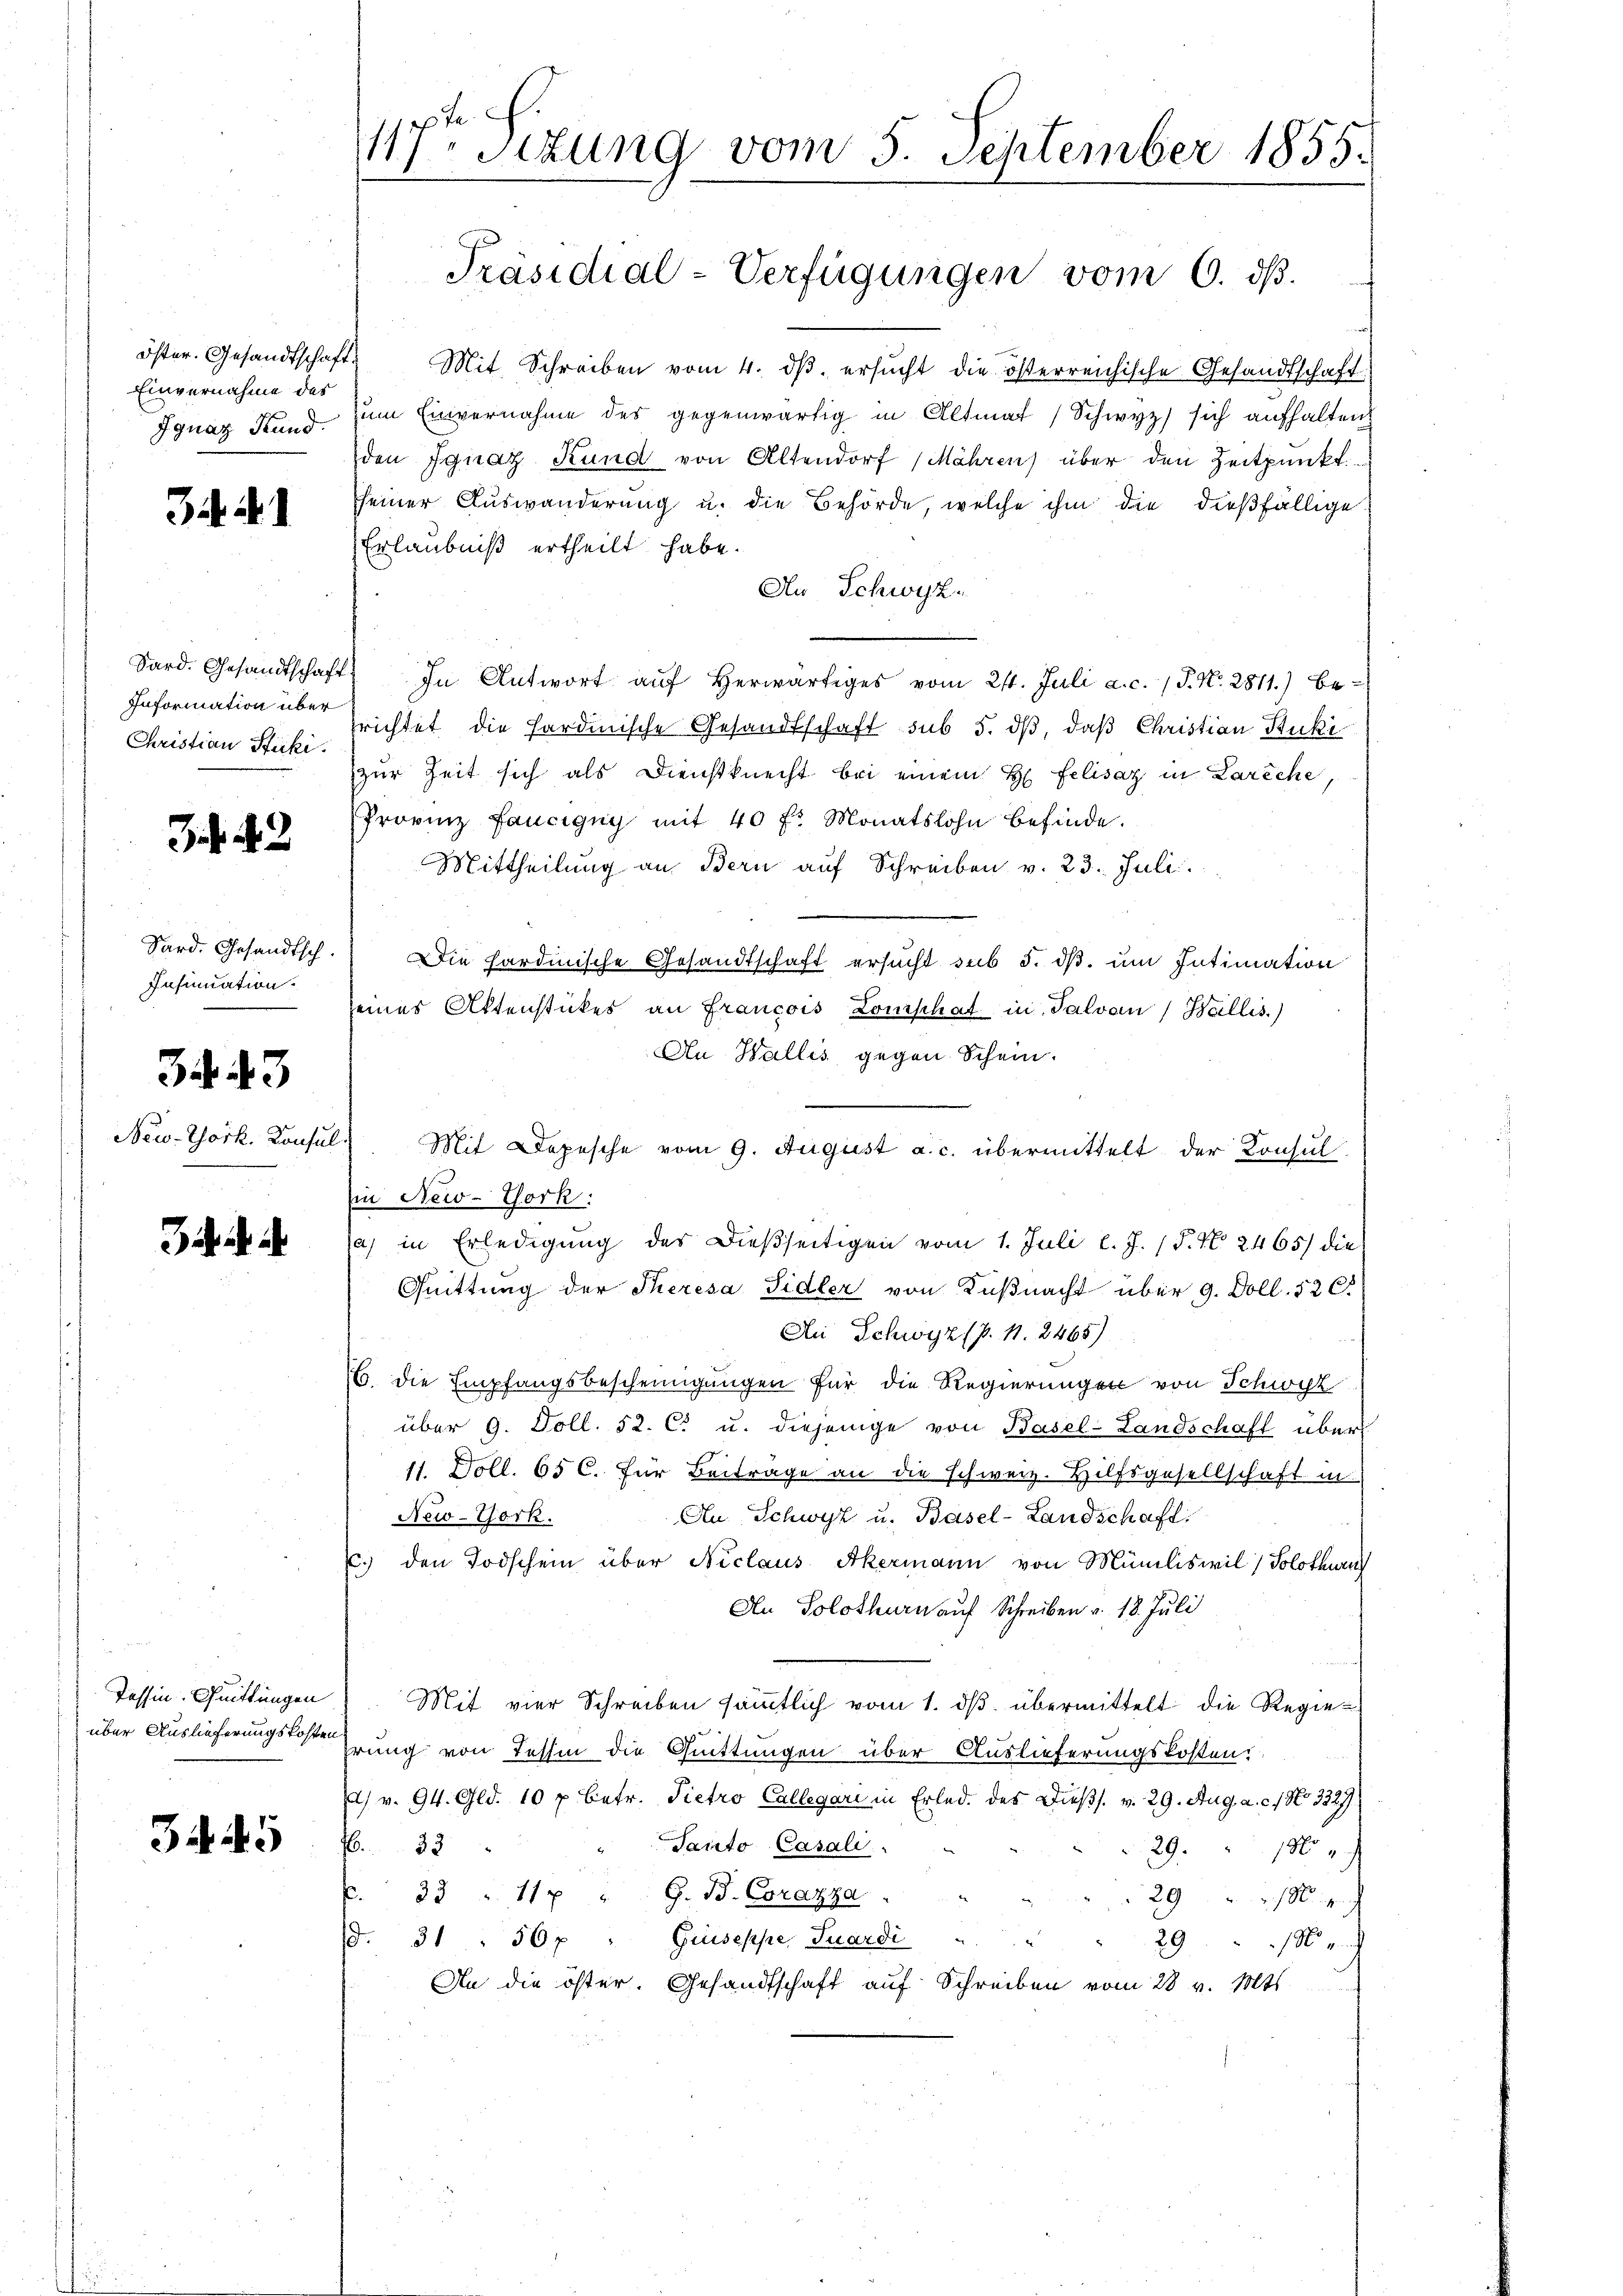
Einvernahme des

3. d. 1

Information über
Christian Stucki.

42

Insinuation.

34. 43

New-York. Konsul

Tessin. Quittungen
über Auslieferungskosten.

3445

117 sezung vom 5. September 1855.

Präsidial-Verfügungen vom 6. ds.

öster. Gesandtschaft. Mit Schreiben vom 4. dβ. ersŭcht die österreichische Gesandtschaft
Ignaz Stand zum Einvernahme des gegenwärtig in Altmat Schwyz) sich aufhalten
den Ignaz Kund von Altendorf (Mähren über den Zeitpunkt
sseiner Auswanderung u. die Behörde, welche ihm die dießfällige
Erlaubniß ertheilt habe.
Au Schwyz.
Sard. Gesandtschaft. In Antwort auf herwärtiges vom 21. Juli a.c. (T. N. 2811.) Berichtet die Hardinische Gesandtschaft sub 5. dβ, daß Christian Stucki
zur Zeit sich als Dienstknecht bei einem H. Felisaz in Lareche,
Provinz faucigny mit 40 fr. Monatslohn befinde.
Mittheilung an Bern auf Schreiben v. 23. Juli.
Sard. Gesandtsch. Die Fardinische Gesandtschaft ersucht sub 5. ds. um Intimation
seines Aktenstückes an Francois Lomphat in Salvan (Wallis.)
An Wallis gegen Schein.
Mit Depesche vom 9. August a. c. übermittelt der Konsul-
in New-York:
a) in Erledigung des dießseitigen vom 1. Juli l. J. P. Nr. 2465) die
Quittung der Theresa Sidler von Küßnacht über 9. Doll. 526
Ai Schwyz (p. 11. 2465)
(6. die Empfangsbescheinigungen für die Regierungen von Schwyz
über 9. Doll. 52. C. u. diejenige von Basel-Landschaft über
11. Doll. 65 C. Für Beiträge an die schweiz. Hilfsgesellschaft in
An Schwyz u. Basel-Landschaft
New-York.
. den Todschein über Niclaus Akermann von Müniliswil) Solothurn
An Solothurn auf Schreiben v. 18. Juli
Mit vier Schreiben sämmtlich vom 1. dβ übermittelt die Regierung von Tessin die Quittungen über Auslieferungskosten:
 v. 94. Gld. 10 p. betr. Pietro Collegari in Erled des Dießs. v. 29. Aug. a. c. 1 No 3329
Tanto Casali
32
29.
10. J
p. 33 " 110 " G. B. Corazza
29
(d. 31 " 307 " Giuseppe, Suardi " "
29
An die öster. Gesandtschaft auf Schreiben vom 28. v. Mts.